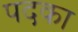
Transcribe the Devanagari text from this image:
पदका